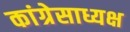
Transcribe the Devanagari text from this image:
कांग्रेसाध्यक्ष